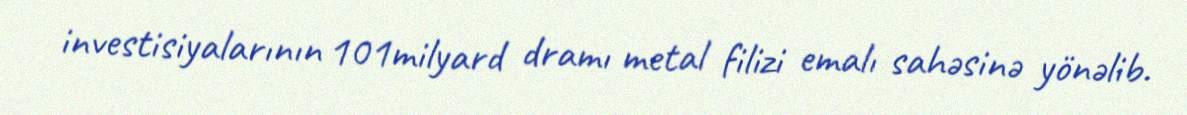
investisiyalarının 101milyard dramı metal filizi emalı sahəsinə yönəlib.